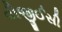
વીજીઈસી